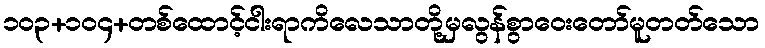
၁၀၃+၁၀၄+တစ်ထောင့်ငါးရာကိလေသာတို့မှလွန်စွာဝေးတော်မူတတ်သော